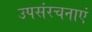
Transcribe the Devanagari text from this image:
उपसंरचनाएं